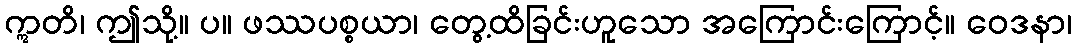
ဣတိ၊ ဤသို့။ ပ။ ဖဿပစ္စယာ၊ တွေ့ထိခြင်းဟူသော အကြောင်းကြောင့်။ ဝေဒနာ၊